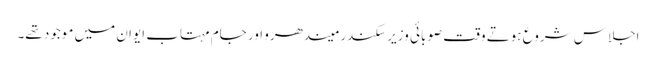
اجلاس شروع ہوتے وقت صوبائی وزیر سکندر میندھرو اور جام مہتاب ایوان میں موجود تھے۔